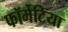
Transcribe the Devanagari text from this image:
फॉर्मेटिया